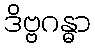
ဒိဗ္ဗဂန္ဓာ